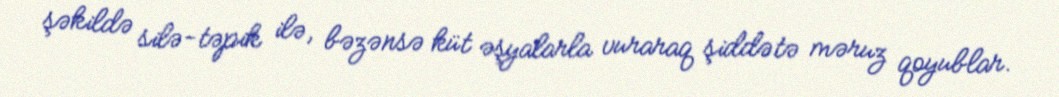
şəkildə silə-təpik ilə, bəzənsə küt əşyalarla vuraraq şiddətə məruz qoyublar.